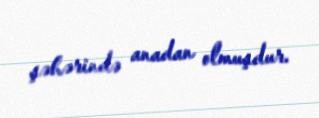
şəhərində anadan olmuşdur.